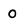
Character: 0